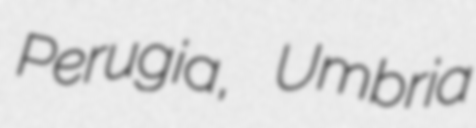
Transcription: Perugia, Umbria